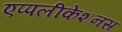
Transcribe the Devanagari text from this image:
एप्पलीकेशनस